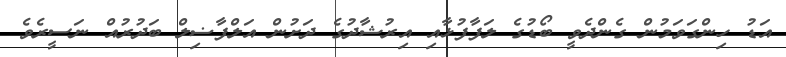
އަޑު ހިންގަވަމުން ގެންދެވީ ބޯޑުގެ ލަފާފުޅާއި އިރުޝާދުގެ ދަށުން އަލްފާޟިލް ބަދުރުއް ނަސީރެވެ